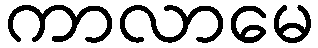
ကာလာမေ